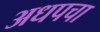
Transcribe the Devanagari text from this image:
अधपचा